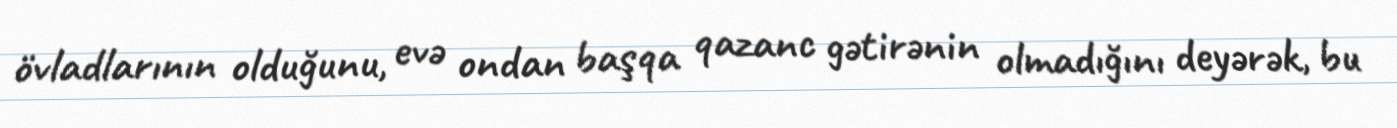
övladlarının olduğunu, evə ondan başqa qazanc gətirənin olmadığını deyərək, bu